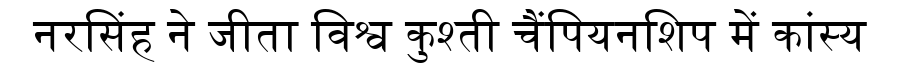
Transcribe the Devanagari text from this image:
नरसिंह ने जीता विश्व कुश्ती चैंपियनशिप में कांस्य